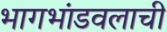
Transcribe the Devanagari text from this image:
भागभांडवलाची